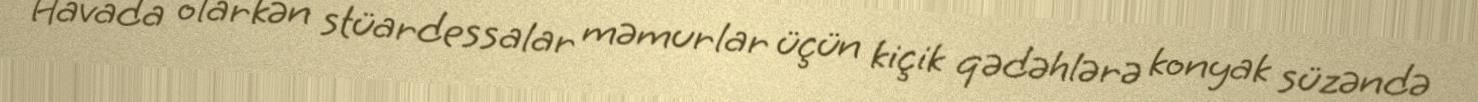
Havada olarkən stüardessalar məmurlar üçün kiçik qədəhlərə konyak süzəndə